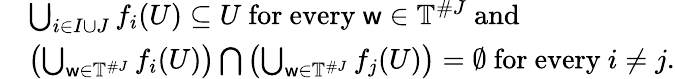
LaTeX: \begin{array}{rl}&{\bigcup_{i\in I\cup J}f_{i}(U)\subseteq U\mathrm{~for~every~}\mathsf{w}\in\mathbb{T}^{\# J}\mathrm{~and~}}\\ &{\left(\bigcup_{\mathsf{w}\in\mathbb{T}^{\# J}}f_{i}(U)\right)\bigcap\left(\bigcup_{\mathsf{w}\in\mathbb{T}^{\# J}}f_{j}(U)\right)=\emptyset\mathrm{~for~every~}i\neq j.}\end{array}